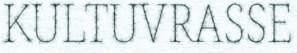
KULTUVRASSE